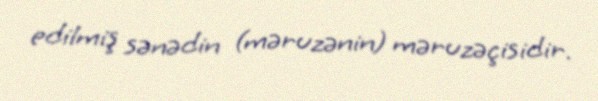
edilmiş sənədin (məruzənin) məruzəçisidir.